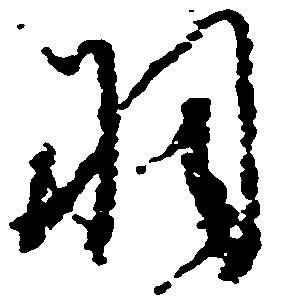
羽